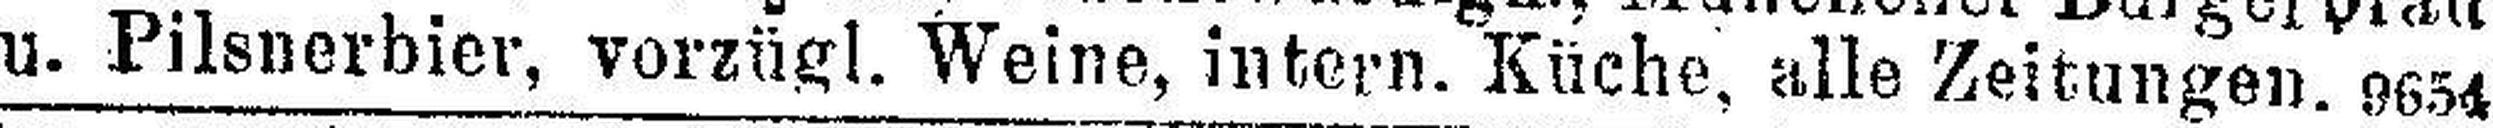
u. Pilsnerbier, vorzügl. Weine, intern. Küche, alle Zeitungen. 9654